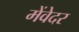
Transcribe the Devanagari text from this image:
मेंवेदर